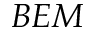
B E M